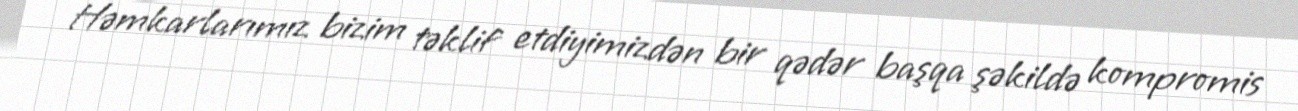
Həmkarlarımız bizim təklif etdiyimizdən bir qədər başqa şəkildə kompromis